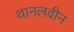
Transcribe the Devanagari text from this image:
थानलवीन